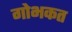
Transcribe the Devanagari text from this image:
गोभकत